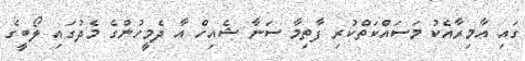
ގައި އާމިރާއެކު މަސައްކަތްކުރި ފާތިމާ ސަނާ ޝެއިހް އާ ދެމީހުންގެ މެދުގައި ލޯބީގެ